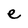
Character: e